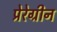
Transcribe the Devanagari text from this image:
प्रेरेग्रीन